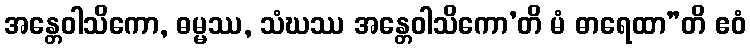
အန္တေဝါသိကော, ဓမ္မဿ, သံဃဿ အန္တေဝါသိကော’တိ မံ ဓာရေထာ”တိ ဧဝံ